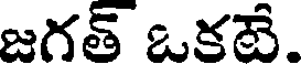
జగత్ ఒకటే.